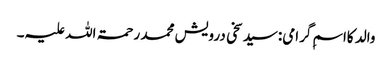
والد کااسمِ گرامی:سید سخی درویش محمد رحمۃ اللہ علیہ۔